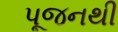
પૂજનથી